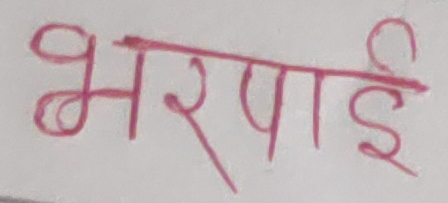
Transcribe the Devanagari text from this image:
भरपाई